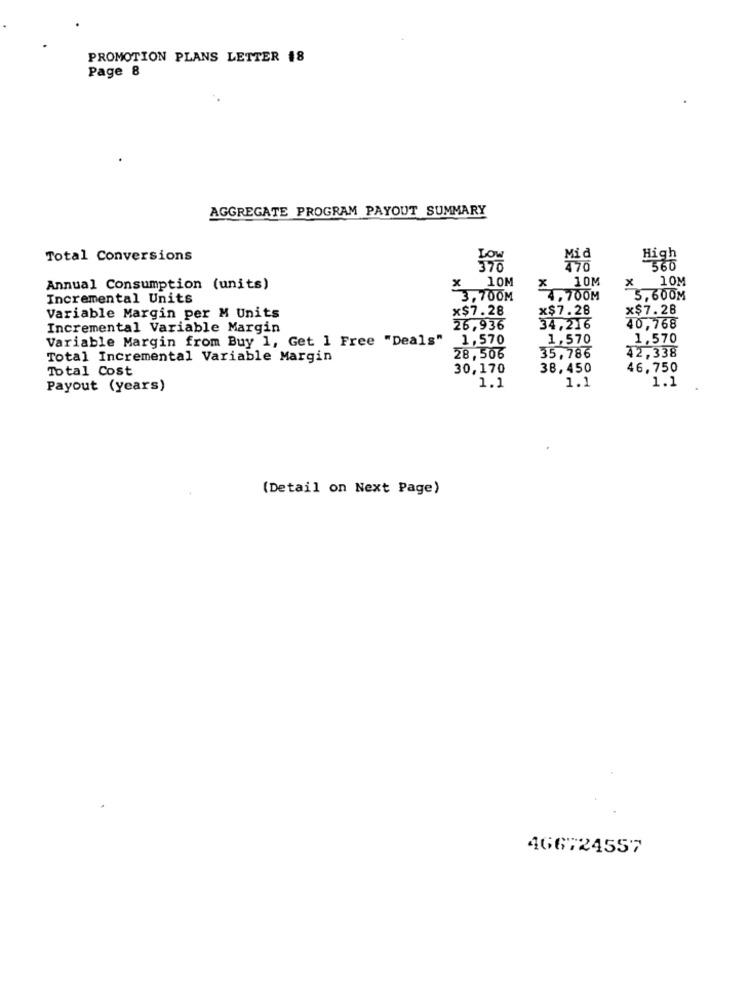
PROMOTION PLANS LETTER 18
Page 8
AGGREGATE PROGRAM PAYOUT SUMMARY
Total Conversions
Mid
High
360
10M
10M
× 10M
Annual Consumption (units)
x
Incremental Units
3,700M
4,700M
5,600M
x$7.28
x$7.28
x$7.28
Variable Margin per M Units
Incremental Variable Margin
26,936
34,216
40,768
Variable Margin from Buy 1, Get 1 Free "Deals"
1,570
1,570
1,570
Total Incremental Variable Margin
28,506
35,786
42,338
Total Cost
30,170
38,450
46,750
1.1
Payout (years)
1.1
1.1
(Detail on Next Page)
466724557